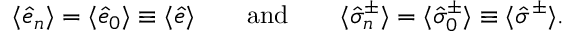
\langle \hat { e } _ { n } \rangle = \langle \hat { e } _ { 0 } \rangle \equiv \langle \hat { e } \rangle \qquad \mathrm { a n d } \qquad \langle \hat { \sigma } _ { n } ^ { \pm } \rangle = \langle \hat { \sigma } _ { 0 } ^ { \pm } \rangle \equiv \langle \hat { \sigma } ^ { \pm } \rangle .